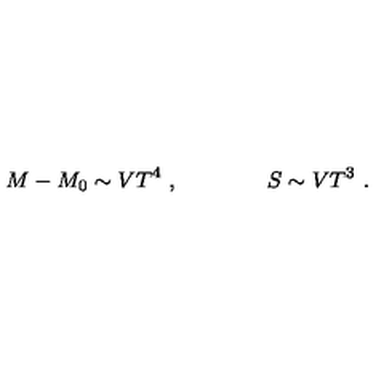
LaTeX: M - M _ { 0 } \sim V T ^ { 4 } \ , \qquad \qquad S \sim V T ^ { 3 } \ .